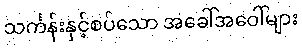
သင်္ကန်းနှင့်စပ်သော အခေါ်အဝေါ်များ